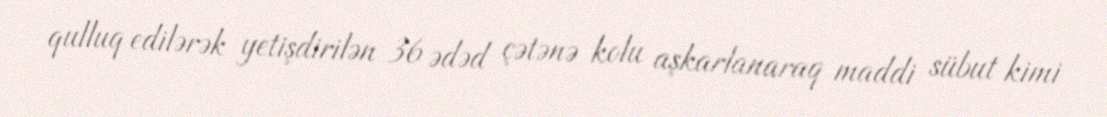
qulluq edilərək yetişdirilən 36 ədəd çətənə kolu aşkarlanaraq maddi sübut kimi